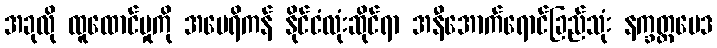
အခုလို ထူထောင်မှုကို အမေရိကန် နိုင်ငံလုံးဆိုင်ရာ အနီအောက်ရောင်ခြည်သုံး နက္ခတ္တဗေဒ